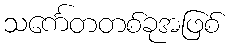
သင်္ကေတတစ်ခုအဖြစ်